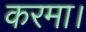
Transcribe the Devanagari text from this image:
करमा।